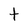
Character: t